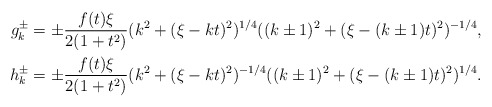
\begin{align*} g_{k}^{\pm} &= \pm \frac{f(t)\xi}{2(1+t^2)} (k^2+(\xi-kt)^2)^{1/4} ((k\pm 1)^2+(\xi-(k\pm 1)t)^2)^{-1/4},\\ h_{k}^{\pm} &= \pm \frac{f(t)\xi}{2(1+t^2)} (k^2+(\xi-kt)^2)^{-1/4} ((k\pm 1)^2+(\xi-(k\pm 1)t)^2)^{1/4}. \end{align*}